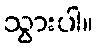
သွားပါ။